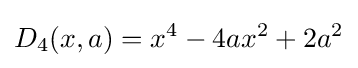
D_{4}(x,a)=x^{4}-4ax^{2}+2a^{2}